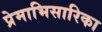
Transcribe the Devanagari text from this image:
प्रेमाभिसारिका